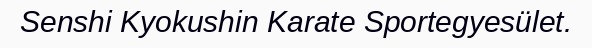
Senshi Kyokushin Karate Sportegyesület.